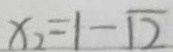
x _ { 1 } = 1 - \sqrt { 2 }